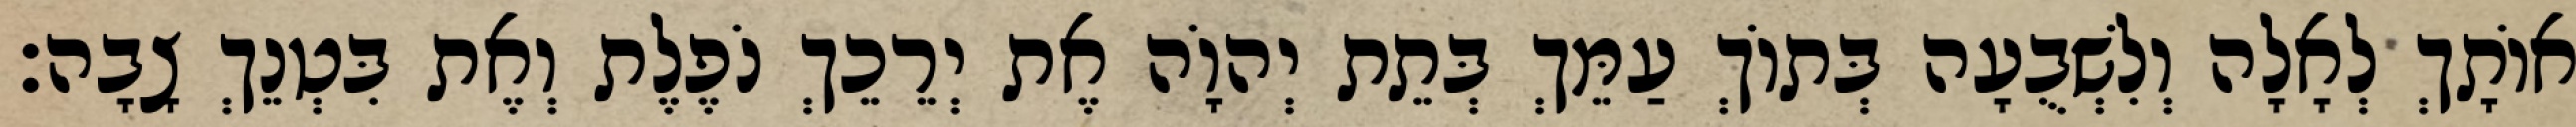
אוֹתָךְ לְאָלָה וְלִשְׁבֻעָה בְּתוֹךְ עַמֵּךְ בְּתֵת יְהוָֹה אֶת יְרֵכֵךְ נֹפֶלֶת וְאֶת בִּטְנֵךְ צָבָה׃